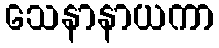
သေနာနာယကာ